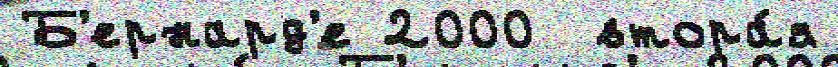
Б'ернард'е 2000  втора́я